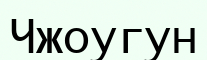
Чжоугун